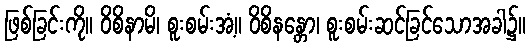
ဖြစ်ခြင်းကို။ ဝိစိနာမိ၊ စူးစမ်းအံ့။ ဝိစိနန္တော၊ စူးစမ်းဆင်ခြင်သောအခါ၌။